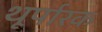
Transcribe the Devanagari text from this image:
थूर्पारक